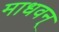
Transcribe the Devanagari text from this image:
माधवन्